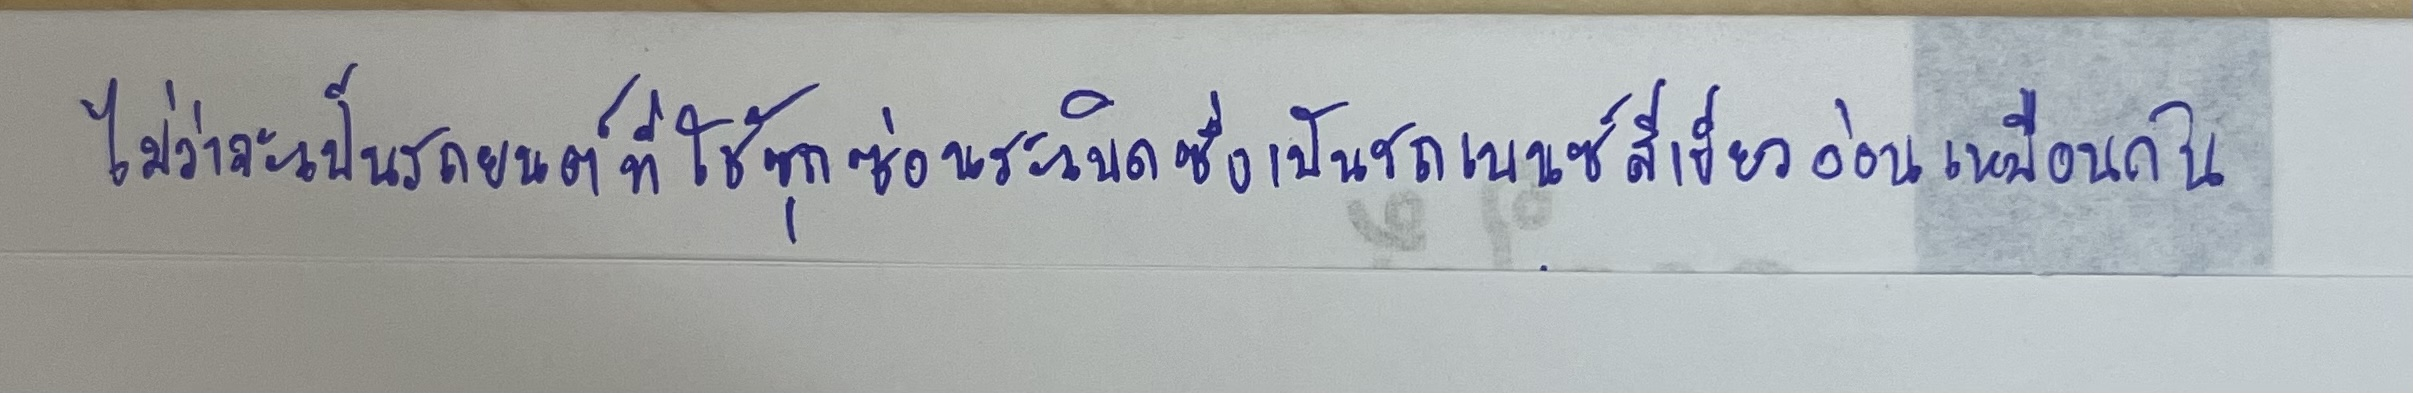
ไม่ว่าจะเป็นรถยนต์ที่ใช้ซุกซ่อนระเบิดซึ่งเป็นรถเบนซ์สีเขียวอ่อนเหมือนกัน